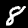
Label: 8